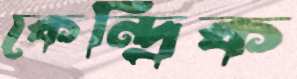
কেন্দ্রিক